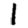
Digit: 1